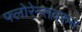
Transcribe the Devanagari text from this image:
फ्लोरेन्सवरुन